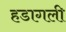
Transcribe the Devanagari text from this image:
हडागली